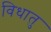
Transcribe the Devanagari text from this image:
विधातु